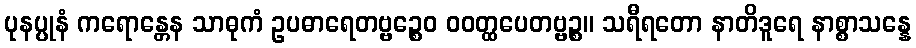
ပုနပ္ပုနံ ကရောန္တေန သာဓုကံ ဥပဓာရေတဗ္ဗဉ္စေဝ ဝဝတ္ထပေတဗ္ဗဉ္စ။ သရီရတော နာတိဒူရေ နာစ္စာသန္နေ